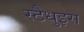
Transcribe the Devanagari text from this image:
स्टैधुइस